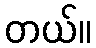
တယ်။